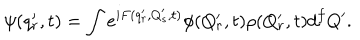
\psi ( q _ { r } ^ { \prime } , t ) = \int e ^ { i F ( q _ { r } ^ { \prime } , Q _ { s } ^ { \prime } , t ) } \phi ( Q _ { r } ^ { \prime } , t ) \rho ( Q _ { r } ^ { \prime } , t ) d ^ { f } Q ^ { \prime } .